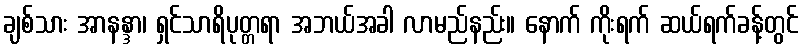
ချစ်သား အာနန္ဒာ၊ ရှင်သာရိပုတ္တရာ အဘယ်အခါ လာမည်နည်း။ နောက် ကိုးရက် ဆယ်ရက်ခန့်တွင်